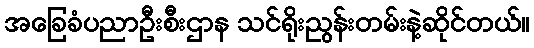
အခြေခံပညာဦးစီးဌာန သင်ရိုးညွန်းတမ်းနဲ့ဆိုင်တယ်။